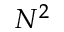
N ^ { 2 }